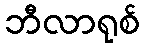
ဘီလာရုစ်